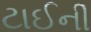
ટાઈની